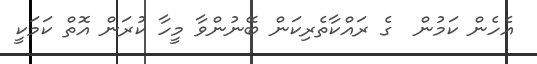
އެހެން ކަމުން  ގެ ރައްކާތެރިކަން ބޭނުންވާ މީހާ ކުރަން އޮތް ކަމަކީ